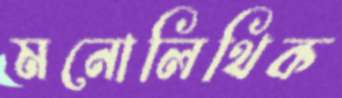
মনোলিথিক